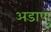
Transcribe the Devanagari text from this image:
अडाणु